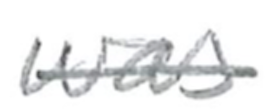
Text: was
Cross-out: single-line
Writing tool: pencil